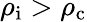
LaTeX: \rho_{\mathrm{i}}>\rho_{\mathrm{c}}